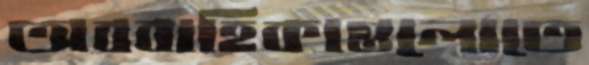
অববাহিকাগুলোতে